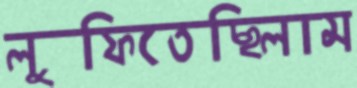
লুফিতেছিলাম